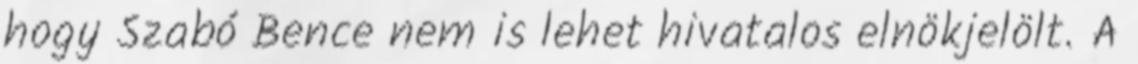
hogy Szabó Bence nem is lehet hivatalos elnökjelölt. A